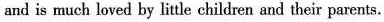
and is much loved by little children and their parents.